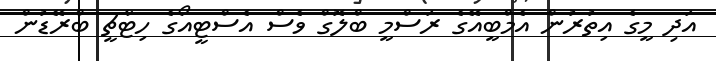
އަދި މީގެ އިތުރުން އެމްބީއޭގެ ރަސްމީ ބްލޮގް ވެސް އެސްޓީއޯގެ ހިޓާޗީ ބްރޭޑުން